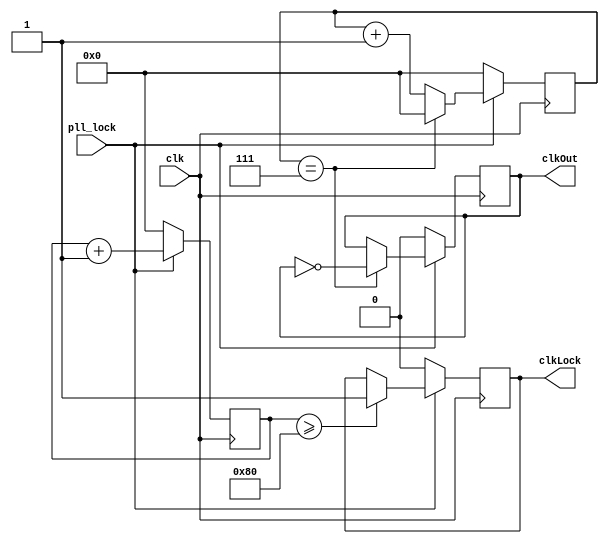
module clockDivider(
input       clk,
input	    pll_lock,
output reg  clkOut,
output reg  clkLock
);

parameter [7:0] Freq = 4;
reg [7:0] maxWait;

always @(pll_lock) begin
    maxWait = (64/Freq)/2;
end

reg [7:0] lockCounter;
reg [7:0] counter;

always @(posedge clk) begin
    if (pll_lock == 1'b0) begin
        counter     <= 8'd0;
        clkOut      <= 1'b0;
        lockCounter <= 8'd0;
        clkLock     <= 1'b0;
    end else begin
        counter     <= counter + 8'd1;
        if (counter == (maxWait-1)) begin
            clkOut  <= ~clkOut;
            counter <= 8'd0;
        end else begin
            clkOut  <= clkOut;
        end

        lockCounter <= lockCounter + 8'd1;
        if (lockCounter >= 4*2*2*maxWait)
            clkLock <= 1'b1;
        else
            clkLock <= clkLock;
    end
end
endmodule